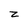
Character: Z